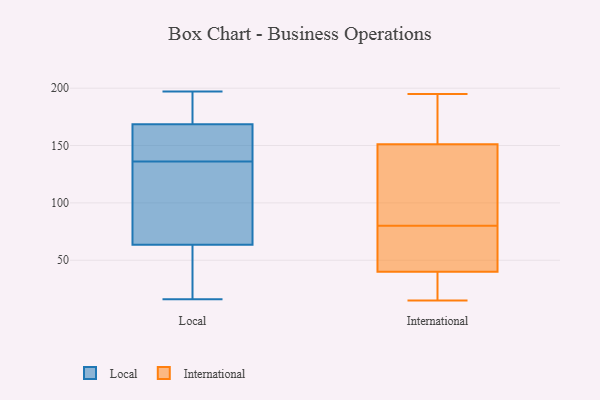
{"axis": {"x": "Tickets Resolved", "y": "Value"}, "legend": ["International", "Local"], "data": [{"x": "", "y": 16, "type": "Local"}, {"x": "", "y": 165, "type": "Local"}, {"x": "", "y": 179, "type": "Local"}, {"x": "", "y": 80, "type": "Local"}, {"x": "", "y": 34, "type": "Local"}, {"x": "", "y": 143, "type": "Local"}, {"x": "", "y": 197, "type": "Local"}, {"x": "", "y": 129, "type": "Local"}, {"x": "", "y": 172, "type": "Local"}, {"x": "", "y": 156, "type": "Local"}, {"x": "", "y": 51, "type": "Local"}, {"x": "", "y": 76, "type": "Local"}, {"x": "", "y": 25, "type": "International"}, {"x": "", "y": 44, "type": "International"}, {"x": "", "y": 195, "type": "International"}, {"x": "", "y": 30, "type": "International"}, {"x": "", "y": 75, "type": "International"}, {"x": "", "y": 151, "type": "International"}, {"x": "", "y": 152, "type": "International"}, {"x": "", "y": 40, "type": "International"}, {"x": "", "y": 85, "type": "International"}, {"x": "", "y": 59, "type": "International"}, {"x": "", "y": 15, "type": "International"}, {"x": "", "y": 104, "type": "International"}, {"x": "", "y": 181, "type": "International"}, {"x": "", "y": 151, "type": "International"}]}